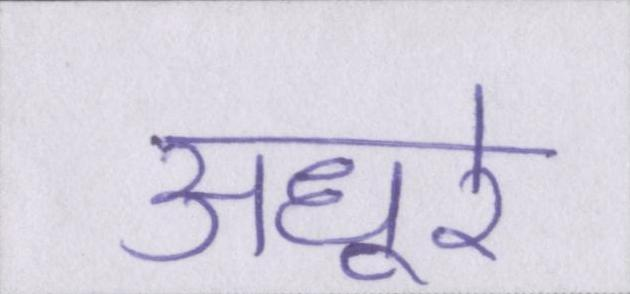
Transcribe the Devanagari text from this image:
अधूरे